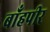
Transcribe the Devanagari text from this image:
बाँहपीर